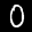
Label: 0